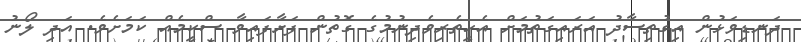
ދަނޑިވަޅުން އިގުތިސާދު އަރައިގަތުމަށް އެހީތެރިވެދިނުމުގެ ގޮތުން ފަށާފައިވާ ސްކީމެއް ކަމަށެވެ. އަދި ލޯނު